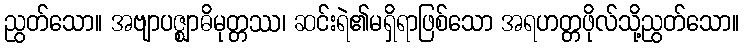
ညွတ်သော။ အဗျာပဇ္ဈာဓိမုတ္တဿ၊ ဆင်းရဲ၏မရှိရာဖြစ်သော အရဟတ္တဖိုလ်သို့ညွတ်သော။